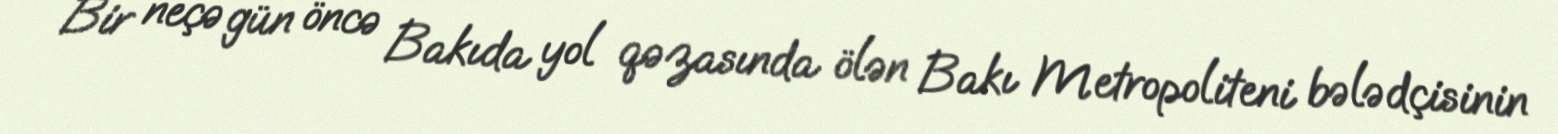
Bir neçə gün öncə Bakıda yol qəzasında ölən Bakı Metropoliteni bələdçisinin